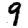
Digit: 9